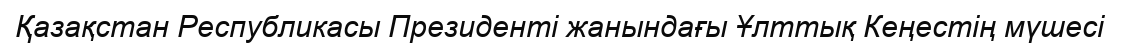
Қазақстан Республикасы Президенті жанындағы Ұлттық Кеңестің мүшесі